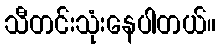
သီတင်းသုံးနေပါတယ်။